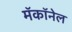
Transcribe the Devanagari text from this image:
मॅकॉनेल